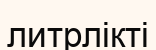
литрлікті